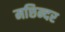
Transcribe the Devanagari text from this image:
मछिन्दर